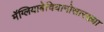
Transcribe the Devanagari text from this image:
मॅग्लियाबेचियानोसारख्या